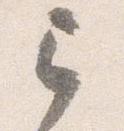
已